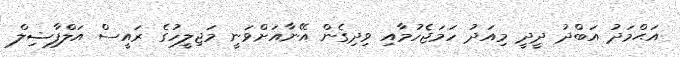
އަޙްމަދު އަބްދު ދީދީ މިއަދު ހަމަޖެހުމާއި ވިދިގެން އޭނާއަށްވަނީ މަޖިލީހުގެ ރައީސް އަލްފާޟިލް